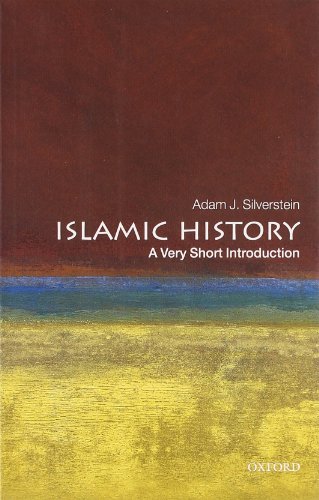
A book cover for Islamic History: A Very Short Introduction; Adam J. Silverstein; Religion & Spirituality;